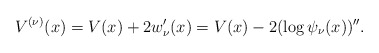
\begin{gather*} V^{( \nu ) }(x)=V(x)+2w_{\nu }^{\prime }(x)=V(x)-2( \log \psi _{\nu }(x)) ^{\prime \prime }.\end{gather*}